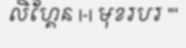
លិហ្គែន |-| មុខរបរ '''